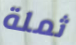
ثملة